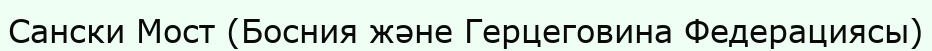
Сански Мост (Босния және Герцеговина Федерациясы)